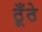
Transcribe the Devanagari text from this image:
ठूँठे